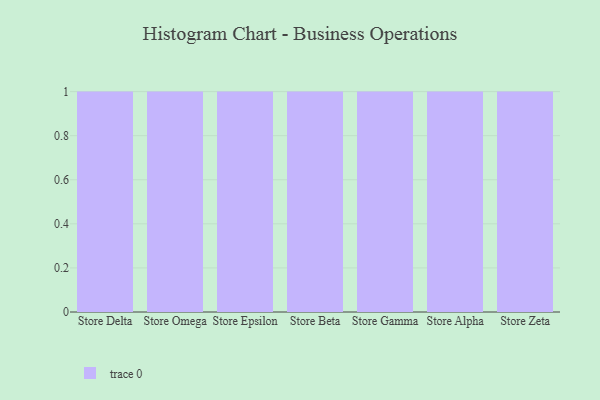
{"axis": {"x": "Store", "y": "Bounce Rate (%)"}, "legend": [""], "data": [{"x": "Store Delta", "y": 23, "type": ""}, {"x": "Store Omega", "y": 96, "type": ""}, {"x": "Store Epsilon", "y": 26, "type": ""}, {"x": "Store Beta", "y": 37, "type": ""}, {"x": "Store Gamma", "y": 50, "type": ""}, {"x": "Store Alpha", "y": 5, "type": ""}, {"x": "Store Zeta", "y": 49, "type": ""}]}